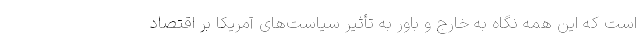
است که این همه نگاه به خارج و باور به تأثیر سیاست‌های آمریکا بر اقتصاد